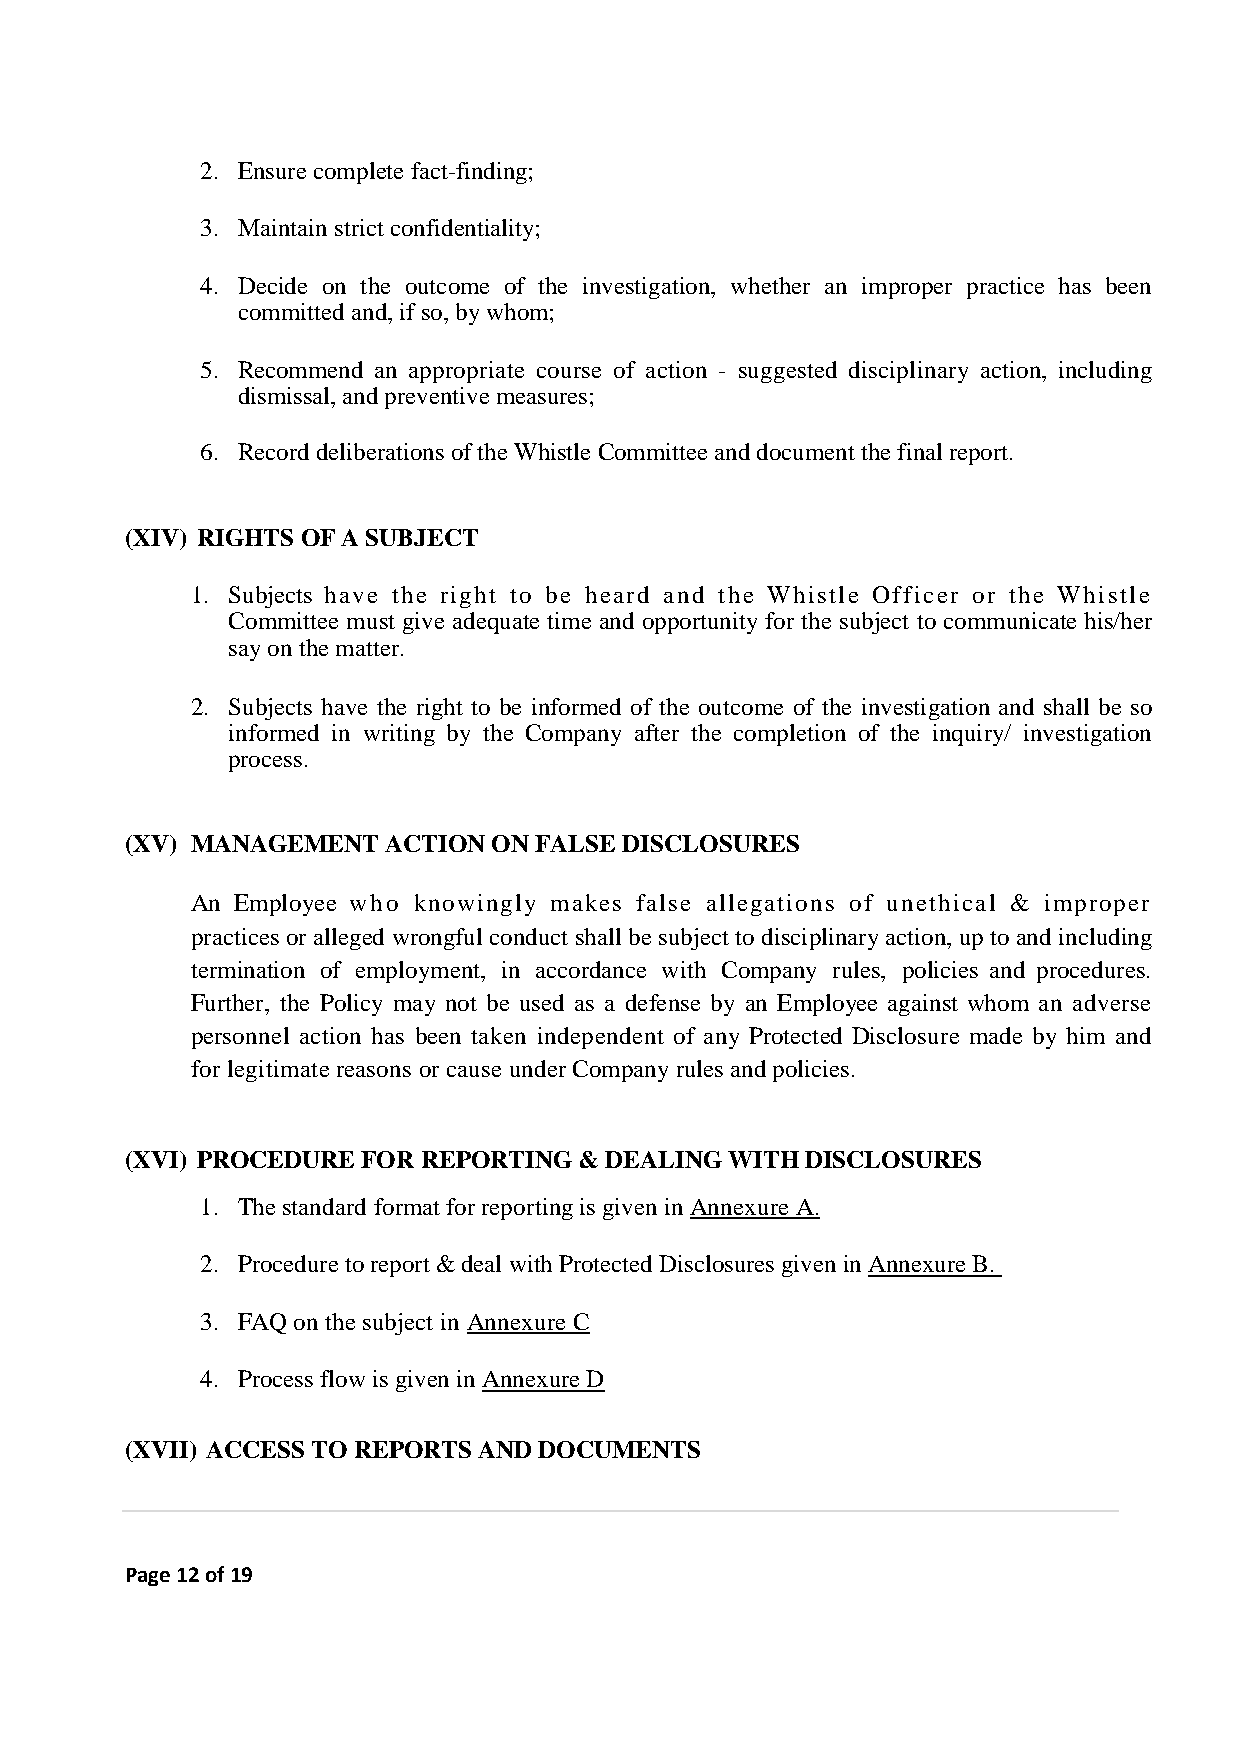
2. Ensure complete fact-finding;
 3. Maintain strict confidentiality;
 4. Decide on the outcome of the investigation, whether an improper practice has been
 committed and, if so, by whom;
 5. Recommend an appropriate course of action - suggested disciplinary action, including
 dismissal, and preventive measures;
 6. Record deliberations of the Whistle Committee and document the final report.
 (XIV) RIGHTS OF A SUBJECT
 1. Subjects have the right to be heard and the Whistle Officer or the Whistle
 Committee must give adequate time and opportunity for the subject to communicate his/her
 say on the matter.
 2. Subjects have the right to be informed of the outcome of the investigation and shall be so
 informed in writing by the Company after the completion of the inquiry/ investigation
 process.
 (XV) MANAGEMENT   ACTION ON FALSE DISCLOSURES
 An Employee who knowingly makes false allegations of unethical & improper
 practices or alleged wrongful conduct shall be subject to disciplinary action, up to and including
 termination of employment, in accordance with Company rules, policies and procedures.
 Further, the Policy may not be used as a defense by an Employee against whom an adverse
 personnel action has been taken independent of any Protected Disclosure made by him and
 for legitimate reasons or cause under Company rules and policies.
 (XVI) PROCEDURE FOR REPORTING & DEALING WITH DISCLOSURES
 1. The standard format for reporting is given in Annexure A.
 2. Procedure to report & deal with Protected Disclosures given in Annexure B.
 3. FAQ on the subject in Annexure C
 4. Process flow is given in Annexure D
 (XVII) ACCESS TO REPORTS AND DOCUMENTS
 Page 12 of 19